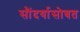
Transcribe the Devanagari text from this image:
सौंदर्यासोबत